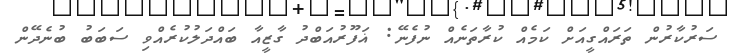
ސަރުކާރުން ތަރައްގީއަށް ކަމެއް ކުރާތަނެއް ނުފެނޭ: ޣަފޫރުއަބްދު ގާޒީއާ ބައްދަލުކުރެއްވި ސަބަބު ބުނެދޭން